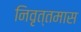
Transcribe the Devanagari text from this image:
निवृत्तमास